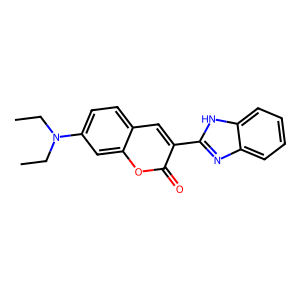
SMILES: CCN(CC)c1ccc2cc(-c3nc4ccccc4[nH]3)c(=O)oc2c1
Inhibits HIV replication: No